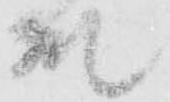
殿